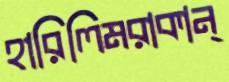
হারিলিমরাকান্